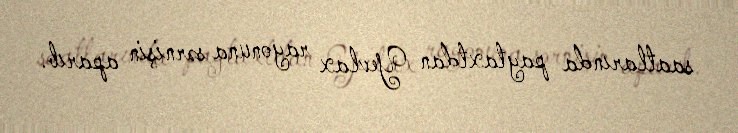
saatlarında paytaxtdan Yevlax rayonuna sərnişin aparıb.